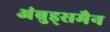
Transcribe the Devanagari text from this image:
अंबुड्समैन